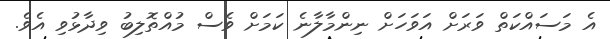
އެ މަސައްކަތް ވަރަށް އަވަހަށް ނިންމާލާނެ ކަމަށް ވެސް މުއްތޮލިބު ވިދާޅުވި އެވެ.